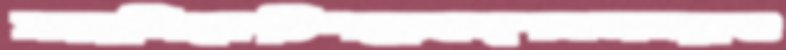
সরালিকেচিপড়েবখ্শসমস্যাগু